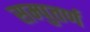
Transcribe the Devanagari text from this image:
सम्पुतर्ण